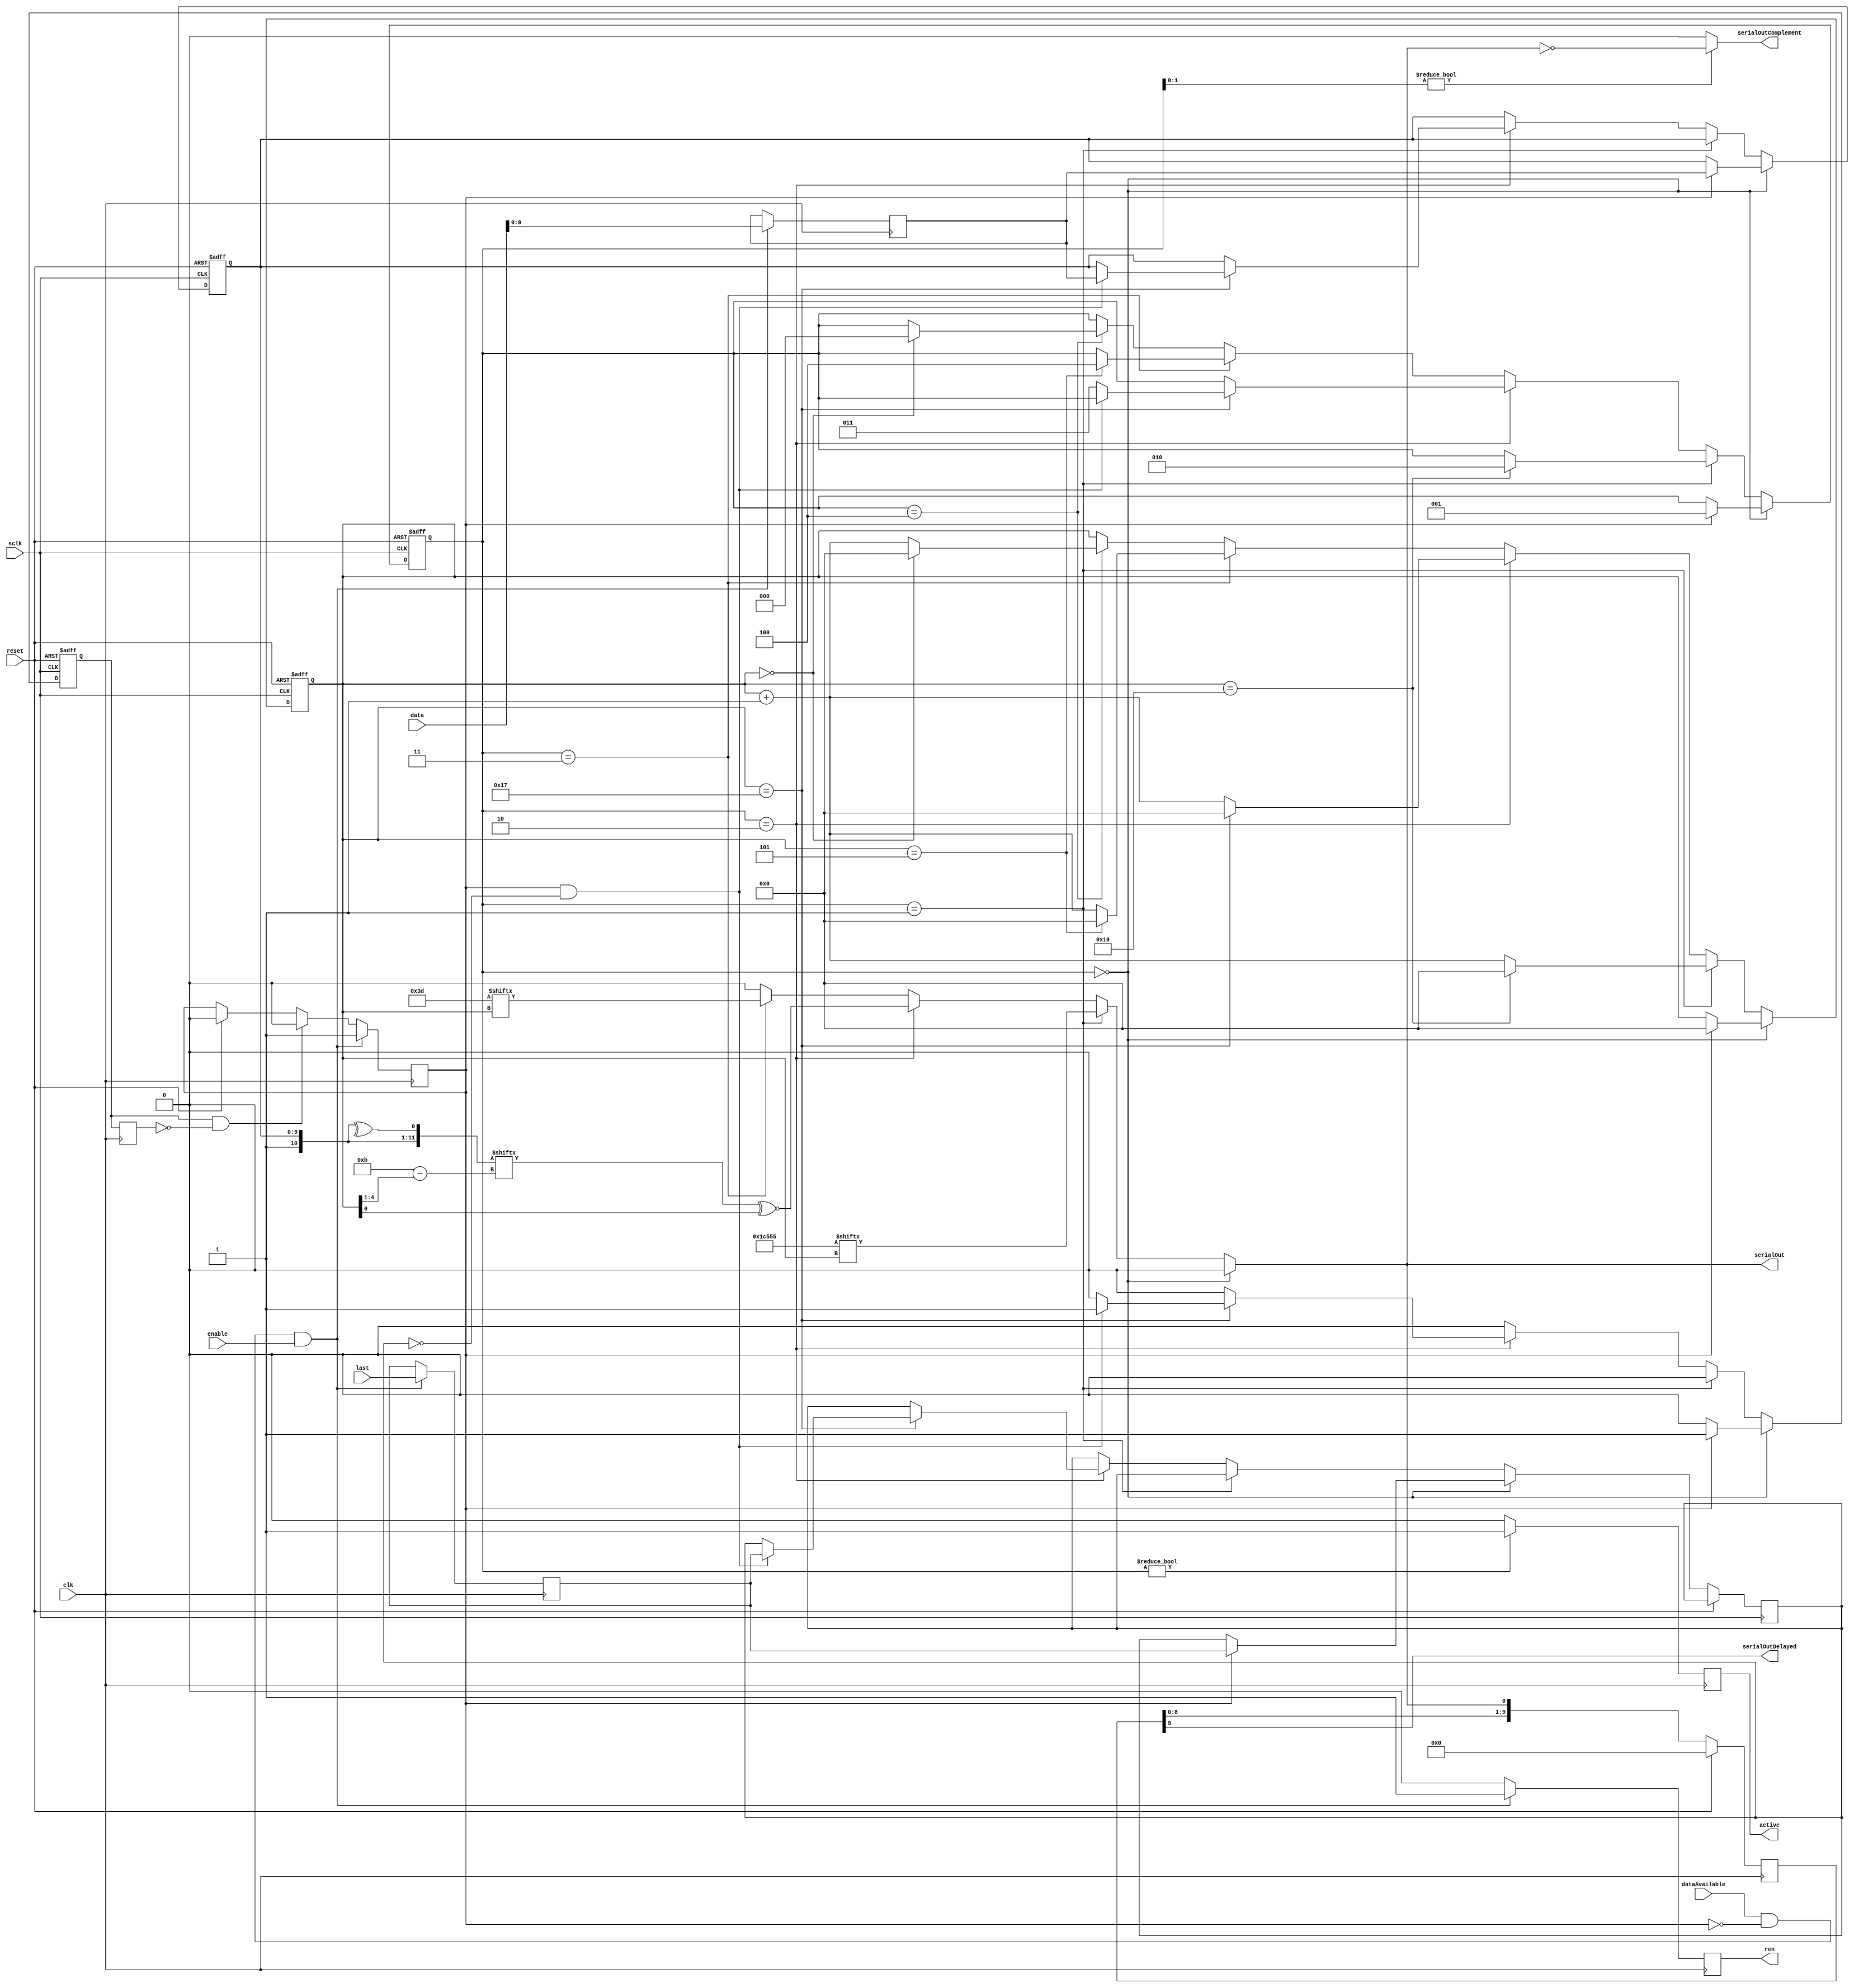
`timescale 1ns / 1ps

/*
 * IBM 3270 Coax Transmitter (Type A)
 * 
 * Copyright 2020, Christopher Simmons
 */

module transmitter (
    input clk,
    input reset,
    input sclk,             // 2 x 2.358 MHz
    
    input enable,

    input dataAvailable,
    input last,
    input [15:0] data,
    output reg ren,

    output serialOut,
    output serialOutComplement,
    output serialOutDelayed,
    output reg active
);
    
    parameter spacing = 0;
    
    parameter [16:0] header = 17'b11100010101010101;
    parameter [5:0] trailer = 6'b111101;
    
    reg [9:0] delayReg;
    
    reg [2:0] txState;
    reg [4:0] bitCount;
    

    reg pending;
    reg pendingAck;
    reg pendingAckPrev;
    reg [9:0] pendingWord;
    reg pendingLast;

    reg [9:0] currentWord;
    reg currentLast;
    wire [11:0] packedWord;
    wire parityBit;
    
    assign parityBit = ^{1'b1, currentWord};
    assign packedWord = {1'b1, currentWord, parityBit};
    
    assign serialOut = (txState == 0) ? 1'b0:
                       (txState == 1) ? header[bitCount] :
                       (txState == 2) ? packedWord[11 - bitCount[4:1]] ~^ bitCount[0] :
                       (txState == 3) ? trailer[bitCount] : 1'b0;

    assign serialOutComplement = (txState[1:0]) ? !serialOut : 1'b0;
                       
    assign serialOutDelayed = delayReg[9];
    
    always @(posedge clk)
    begin
        if (reset)
            delayReg <= 10'b0;
        else
            delayReg <= {delayReg[8:0], serialOut};
    end

    always @(posedge clk)
    begin

        pendingAckPrev <= pendingAck;
        ren <= 0;
        if (reset)
            pending <= 0;
        if (dataAvailable && !pending && enable)
        begin
            ren <= 1;
            pending <= 1;
            pendingWord <= data[9:0];
            pendingLast <= last;
        end
        else if (pendingAck && !pendingAckPrev)
        begin
            pending <= 0;
        end

        if (txState)
            active <= 1;
        else
            active <= 0;

    end

    
    always @(posedge sclk or posedge reset)
    begin
    
        pendingAck <= 0;

        if (reset)
        begin

            txState <= 0;
            bitCount <= 0;
            currentWord <= 0;

        end
        else if (txState == 0)
        begin
        
            if (pending)
            begin
                txState <= 1;
                bitCount <= 0;
                pendingAck <= 1;
                currentWord <= pendingWord;
                currentLast <= pendingLast;
            end
            
        end
        else if (txState == 1)
        begin
        
            if (bitCount == 16)
            begin
                bitCount <= 0;
                txState <= 2;
            end
            else
            begin
                bitCount <= bitCount + 1;
            end
            
        end
        else if (txState == 2)
        begin
        
            if (bitCount == 23)
            begin
                bitCount <= 0;
                
                if (pending && !currentLast)
                begin
                    pendingAck <= 1;
                    currentWord <= pendingWord;
                    currentLast <= pendingLast;
                end
                else
                begin
                    txState <= 3;
                end	
            end
            else
            begin
                bitCount <= bitCount + 1;
            end
        
        end
        else if (txState == 3)
        begin
        
            if (bitCount == 5)
            begin
                txState <= 4;
                bitCount <= 0;
            end
            else
            begin
                bitCount <= bitCount + 1;
            end
        
        end
        else if (txState == 4)
        begin
        
            if (bitCount == spacing)
            begin
                txState <= 0;
                bitCount <= 0;
            end
            else
            begin
                bitCount <= bitCount + 1;
            end
        
        end
    end
    
endmodule